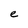
Character: e